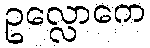
ဥလ္လောကေ